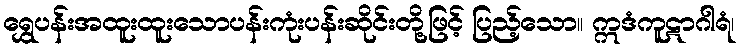
ရွှေပန်းအထူးထူးသောပန်းကုံးပန်းဆိုင်းတို့ဖြင့် ပြည့်သော။ ဣဒံကူဋာဂါရံ၊